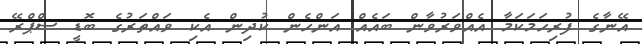
އޭނާގެ ފުރިހަމަކަމާ އެއްވަރުވާން ބައެއް އަންހެން ކުދިން އެކި ވައްތަރުގެ ބޮޑީ ސްޕްރޭ